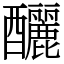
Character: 釃